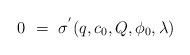
LaTeX: \begin{align*}0\,\,=\,\,\sigma^{'}(q,c_{0},Q,\phi_{0},\lambda)\end{align*}